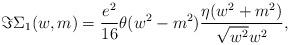
LaTeX: \begin{align*}\Im \Sigma _{1}(w,m)=\frac{e^{2}}{16}\theta (w^{2}-m^{2})\frac{\eta(w^{2}+m^{2})}{\sqrt{w^{2}}w^{2}},\end{align*}